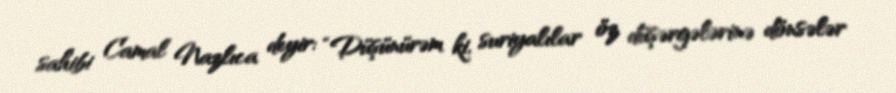
sahibi Camal Nazlıca deyir: “Düşünürəm ki, suriyalılar öz düşərgələrinə dönsələr